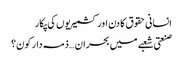
انسانی حقوق کا دن اور کشمیریوں کی پکار
صنعتی شعبے میں بحران … ذمہ دار کون؟